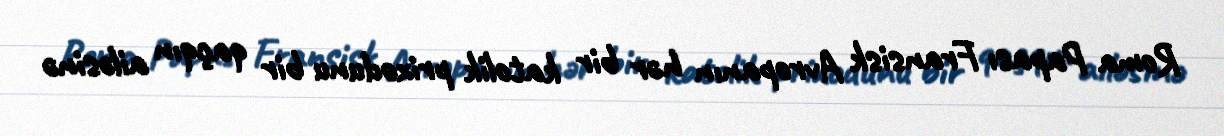
Roma Papası Fransisk Avropanın hər bir katolik prixodunu bir qaçqın ailəsinə